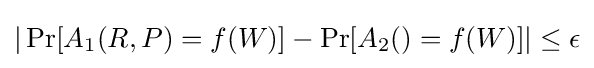
|\Pr[A_{1}(R,P)=f(W)]-\Pr[A_{2}()=f(W)]|\leq \epsilon